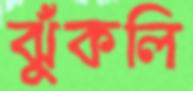
ঝুঁকলি